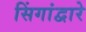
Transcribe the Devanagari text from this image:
सिंगांद्वारे